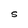
Character: S